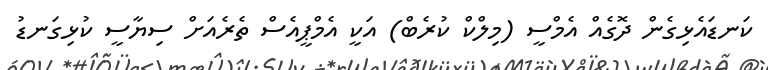
ކަނޑައެޅިގެން ދޮގެއް އެމްސީ (މިލްކް ކުރެބް) އަކީ އެމްޕީއެސް ތެރެއަށް ސިޔާސީ ކުޅިގަނޑު